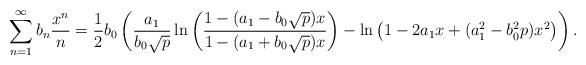
LaTeX: \begin{align*}\sum_{n=1}^{\infty} b_n \dfrac{x^n}{n} &= \dfrac{1}{2}b_0 \left( \dfrac{a_1}{b_0\sqrt{p}} \ln \left( \dfrac{1- (a_1-b_0\sqrt{p}) x}{1-(a_1+b_0\sqrt{p})x }\right) - \ln \left( 1-2a_1x+(a_1^2-b_0^2p)x^2\right) \right). \\ \end{align*}